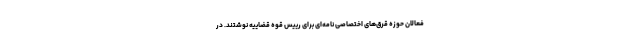
فعالان حوزه قرق‌های اختصاصی نامه‌ای برای رییس قوه قضاییه نوشتند. در